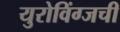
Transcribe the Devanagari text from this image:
युरोविंग्जची